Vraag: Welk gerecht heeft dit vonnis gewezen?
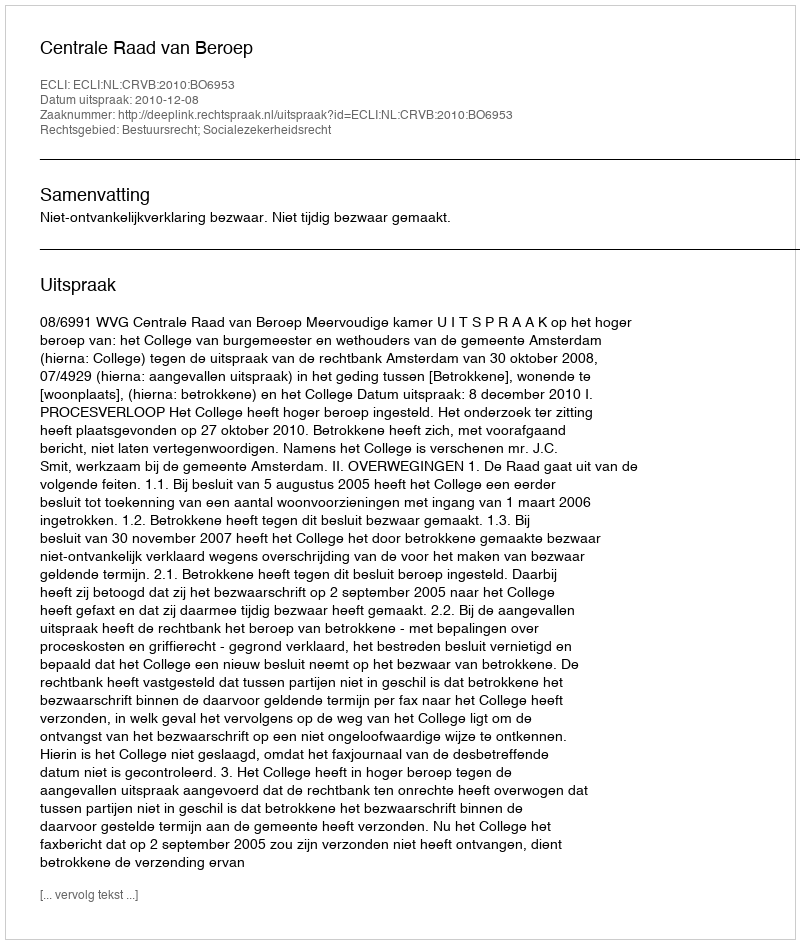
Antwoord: Centrale Raad van Beroep